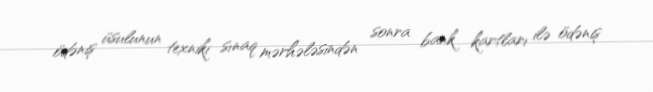
ödəniş üsulunun texniki sınaq mərhələsindən sonra bank kartları ilə ödəniş